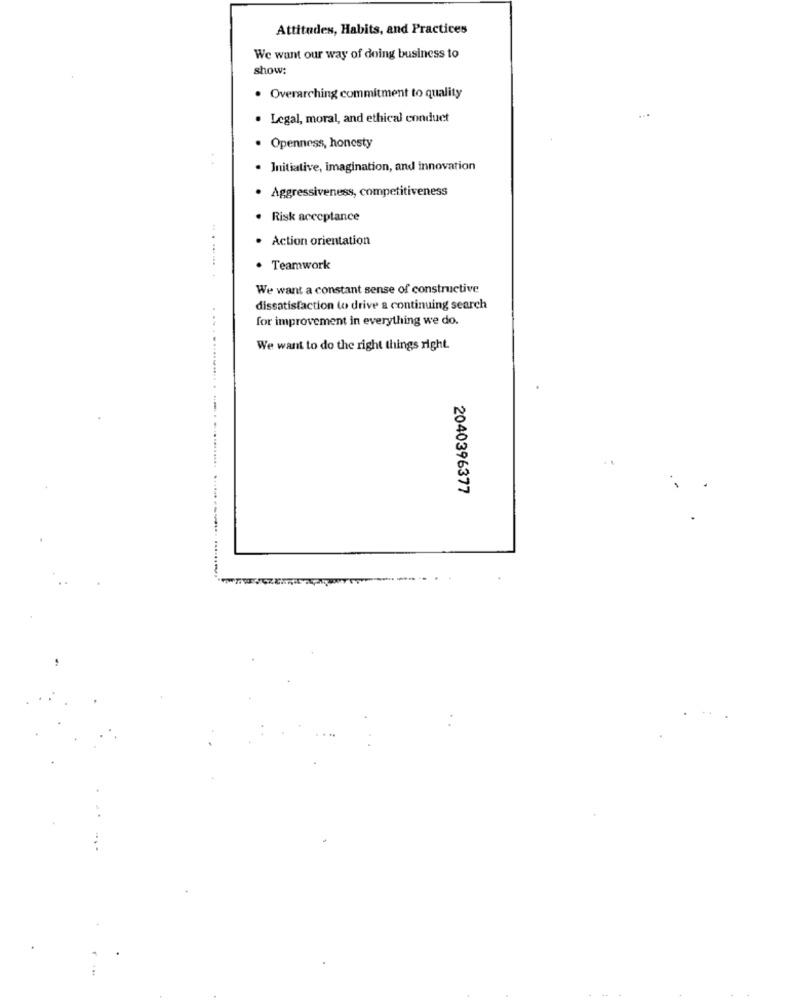
Attitudes, Habits, and Practices
We want our way of doing business to
show:
. Overarching commitment to quality
· Legal, moral, and ethical conduct
· Openness, honesty
. Initiative, imagination, and innovation
· Aggressiveness, competitiveness
Risk acceptance
Action orientation
. Teamwork
We want a constant sense of constructive
dissatisfaction to drive a continuing search
for improvement in everything we do.
We want to do the right things right.
2040396377